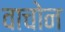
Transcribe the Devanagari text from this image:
वाचोन